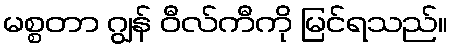
မစ္စတာ ဂျွန် ဝီလ်ကီကို မြင်ရသည်။